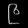
Digit: ၉